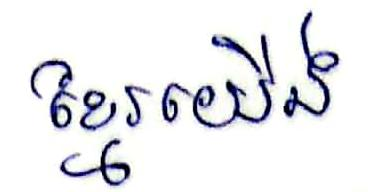
ខ្មែរយើង